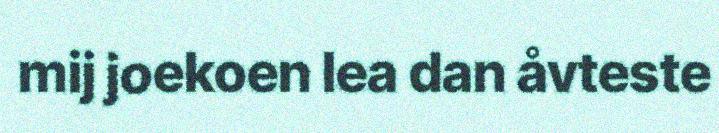
mij joekoen lea dan åvteste